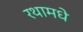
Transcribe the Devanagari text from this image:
रथामधे